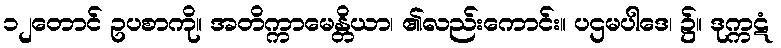
၁၂တောင် ဥပစာကို။ အတိက္ကာမေန္တိယာ၊ ၏လည်းကောင်း။ ပဌမပါဒေ၊ ၌။ ဒုက္ကဋံ